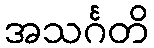
အသင်္ဂတိ